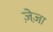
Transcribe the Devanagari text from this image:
ज़ेज़ा